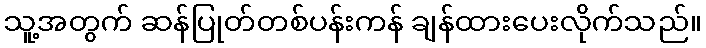
သူ့အတွက် ဆန်ပြုတ်တစ်ပန်းကန် ချန်ထားပေးလိုက်သည်။